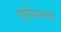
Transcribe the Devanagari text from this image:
पार्थियनांची